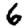
Digit: 6